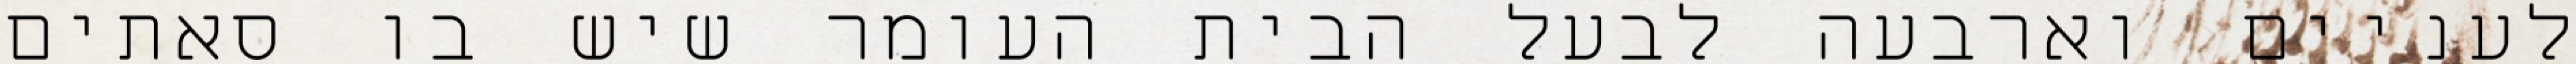
לעניים וארבעה לבעל הבית העומר שיש בו סאתים